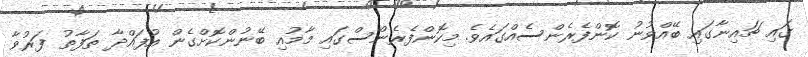
ގައި ޗައިނާގައި ބޭއްވުނު ކޮންފެރެންސެއްގައެވެ. މިކޮންފެރެންސްގައި މާމުއި ބޭނުންކޮށްގެން އުފައްދާ ތަފާތު ފަރުވާ